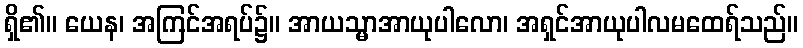
ရှိ၏။ ယေန၊ အကြင်အရပ်၌။ အာယသ္မာအာယုပါလော၊ အရှင်အာယုပါလမထေရ်သည်။